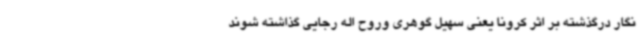
نگار درگذشته بر اثر کرونا یعنی سهیل گوهری وروح اله رجایی گذاشته شوند